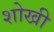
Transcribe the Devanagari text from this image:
शोखी